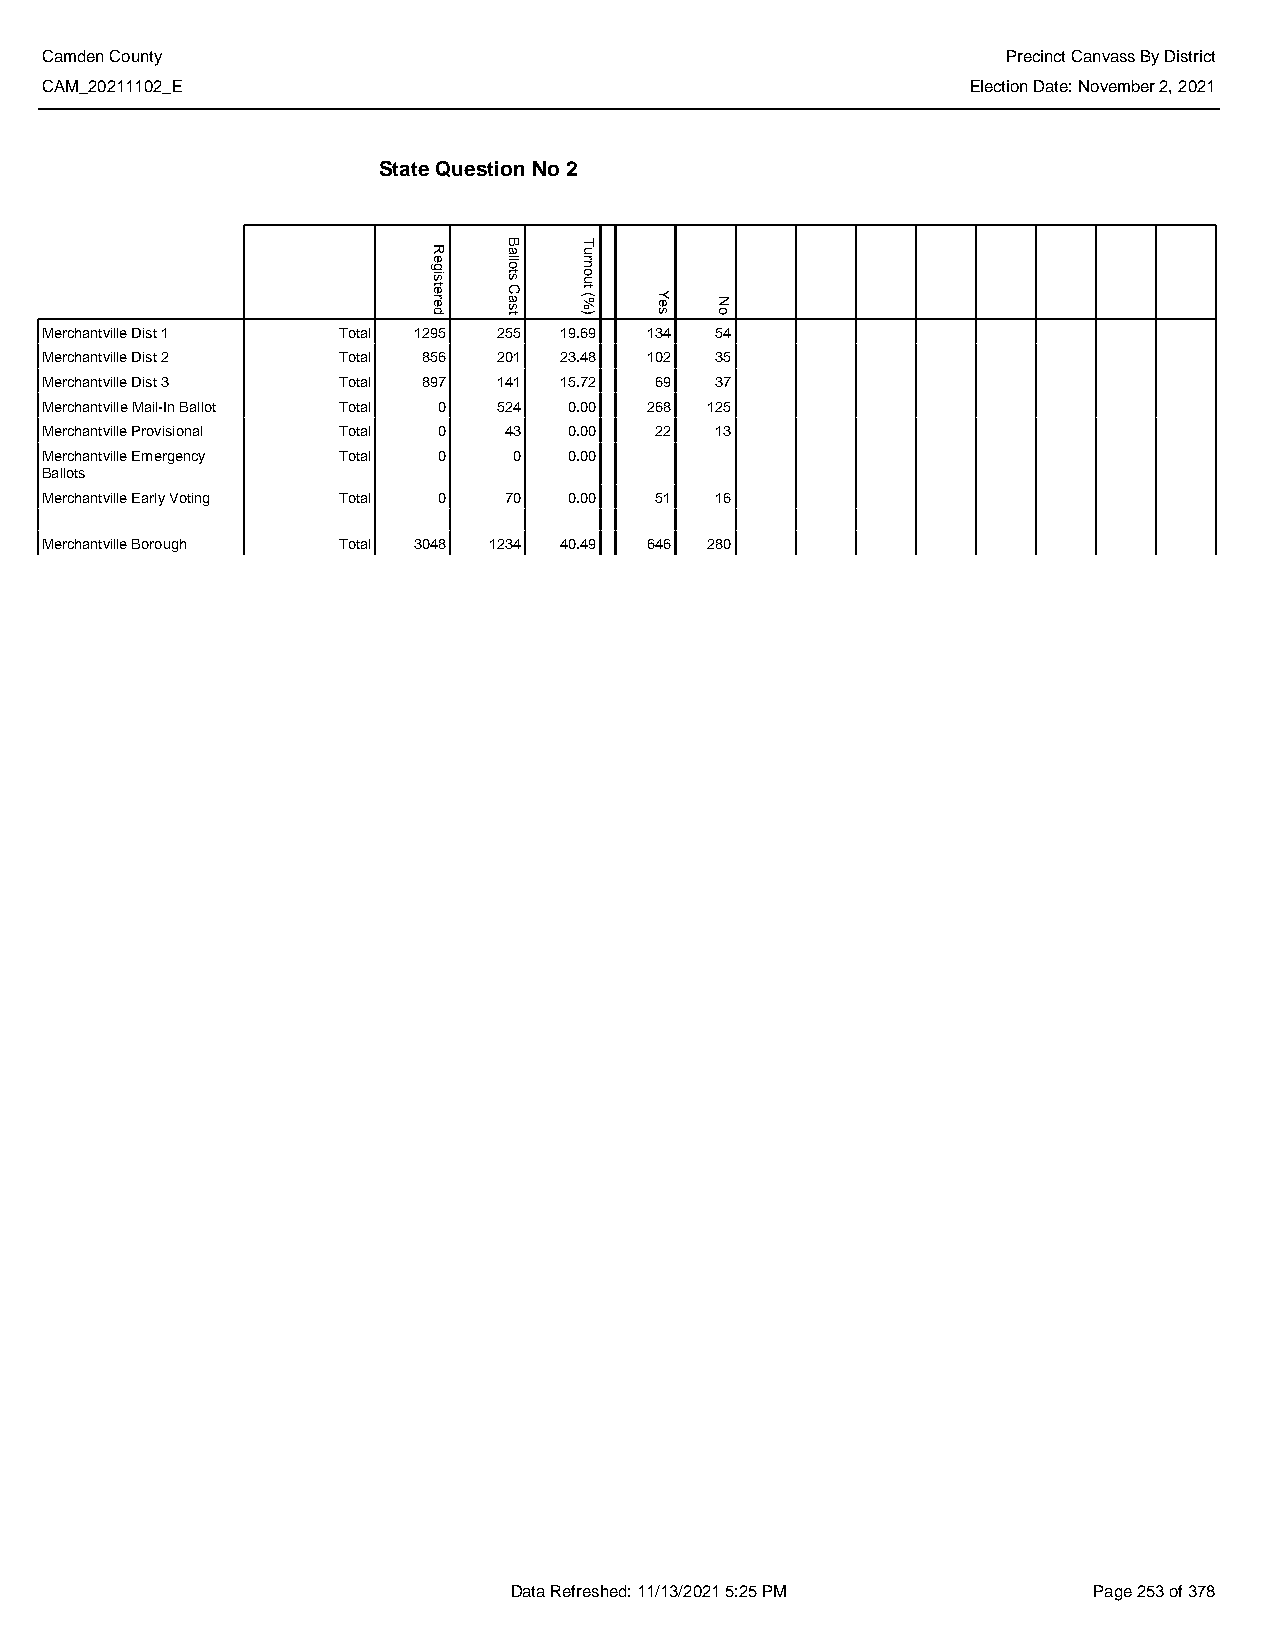
Camden County                                                   Precinct Canvass By District
 CAM_20211102_E                                               Election Date: November 2, 2021
 State Question No 2
 Merchantville Dist 1 Total 1295 255 19.69 134 54
 Merchantville Dist 2 Total 856 201 23.48 102 35
 Merchantville Dist 3 Total 897 141 15.72 69 37
 Merchantville Mail-In Ballot Total 0 524 0.00 268 125
 Merchantville Provisional Total 0 43 0.00 22 13
 Merchantville Emergency Total 0 0  0.00
 Ballots
 Merchantville Early Voting Total 0 70 0.00 51 16
 Merchantville Borough Total 3048 1234 40.49 646 280
 Data Refreshed: 11/13/2021 5:25 PM    Page 253 of 378
 Registered
 Ballots
 Cast
 Turnout
 (%)  Yes No